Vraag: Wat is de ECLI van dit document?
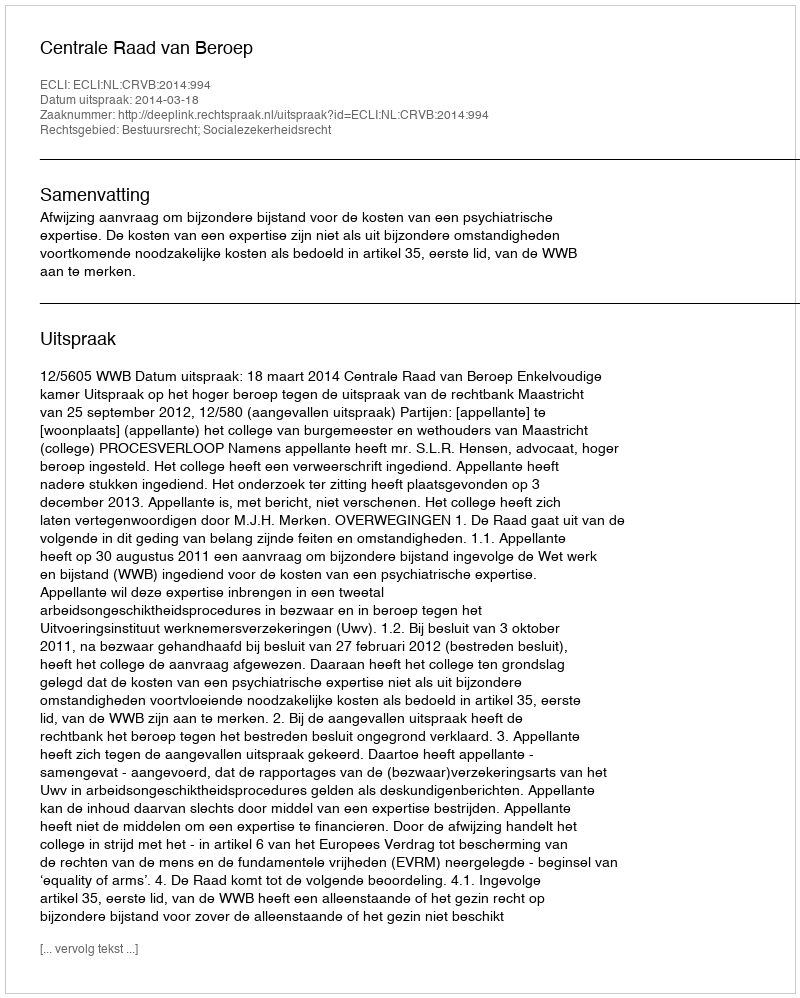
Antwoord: ECLI:NL:CRVB:2014:994